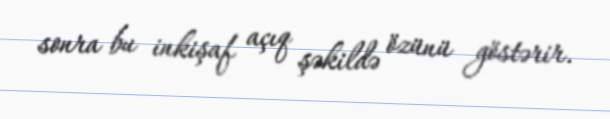
sonra bu inkişaf açıq şəkildə özünü göstərir.